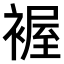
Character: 𧛐